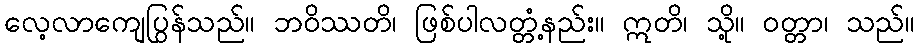
လေ့လာကျေပြွန်သည်။ ဘဝိဿတိ၊ ဖြစ်ပါလတ္တံ့နည်း။ ဣတိ၊ သို့။ ဝတ္တာ၊ သည်။